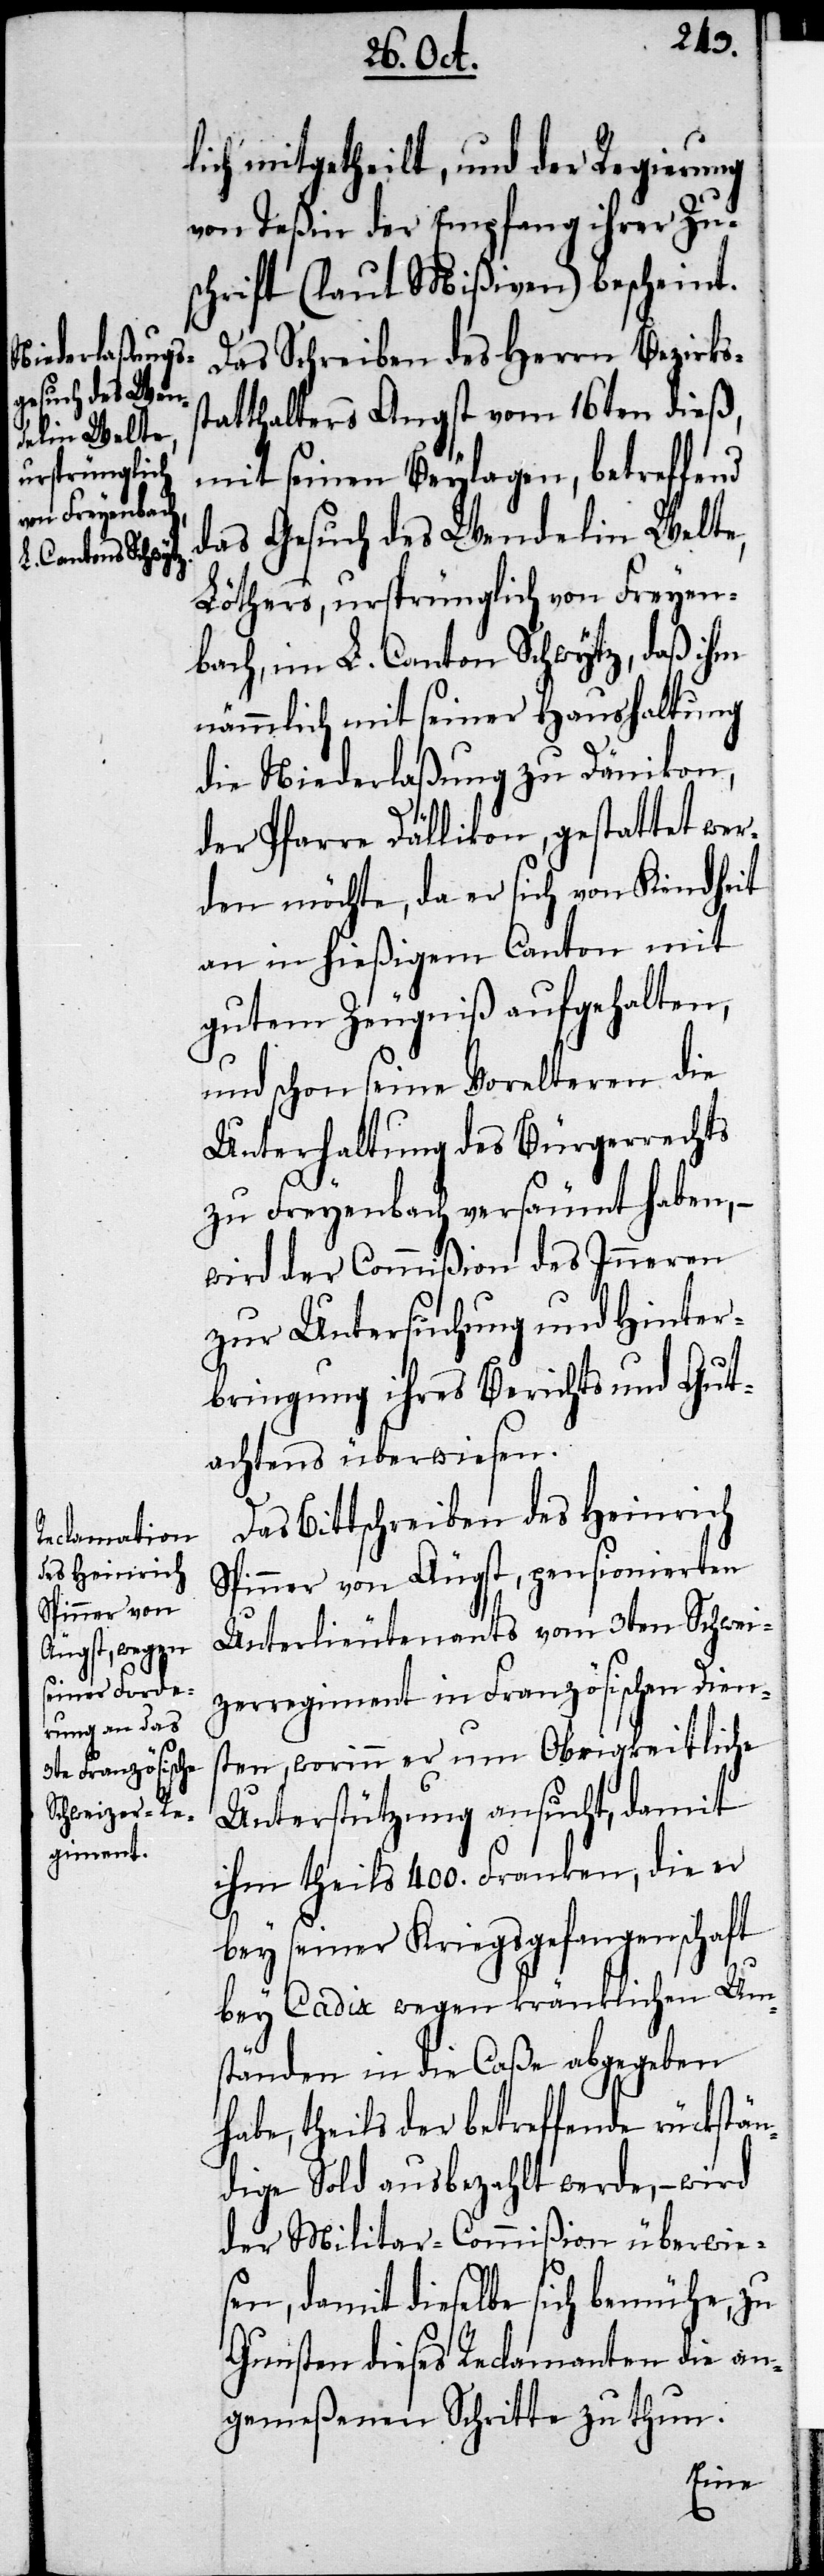
lich mitgetheilt, und der Regierung
von Teßin der Empfang ihrer Zu¬
schrift (laut Mißiven) bescheint.
Das Schreiben des Herrn Bezirks¬
statthalters Angst von 16ten dieß,
mit seinen Beylagen, betreffend
das Gesuch des Wendelin Welte,
Löthers, ursprünglich von Freyen¬
bach, im L. Canton Schwytz, daß ihm
nämmlich mit seiner Haushaltung
die Niederlaßung zu Dänikon,
der Pfarre Dällikon, gestattet wer¬
den möchte, da er sich von Kindheit
an in hießigem Canton mit
gutem Zeugniß aufgehalten,
und schon seine Vorelteren die
Unterhaltung des Bürgerrechts
zu Freyenbach versäumt haben, –
wird der Commißion des Inneren
zur Untersuchung und Hinter¬
bringung ihres Berichts und Gut¬
achtens überwiesen.
Das Bittschreiben des Heinrich
Spinner von Äugst, pensionierten
Unterlieutenants vom 3ten Schwei¬
zerregiment in Französischen Dien¬
sten, worinn er um Obrigkeitliche
Unterstützung ansucht, damit
ihm theils 400. Franken, die er
bey seiner Kriegsgefangenschaft
bey Cadix wegen kränklichen Um¬
ständen in die Caßa abgegeben
habe, theils der betreffende rückstän¬
dige Sold ausbezahlt werde, – wird
der Militar-Commißion überwie¬
sen, damit dieselbe sich bemühe, zu
Gunsten dieses Reclamanten die an¬
gemeßenen Schritte zu thun.